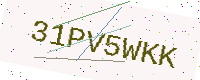
Text: 31PV5WKK